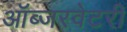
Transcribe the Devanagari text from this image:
ऑब्जरवेटरी